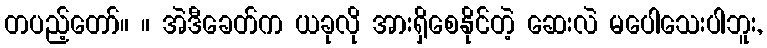
တပည့်တော်။ ။ အဲဒီခေတ်က ယခုလို အားရှိစေနိုင်တဲ့ ဆေးလဲ မပေါသေးပါဘူး,